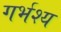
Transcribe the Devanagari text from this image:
गर्भश्य